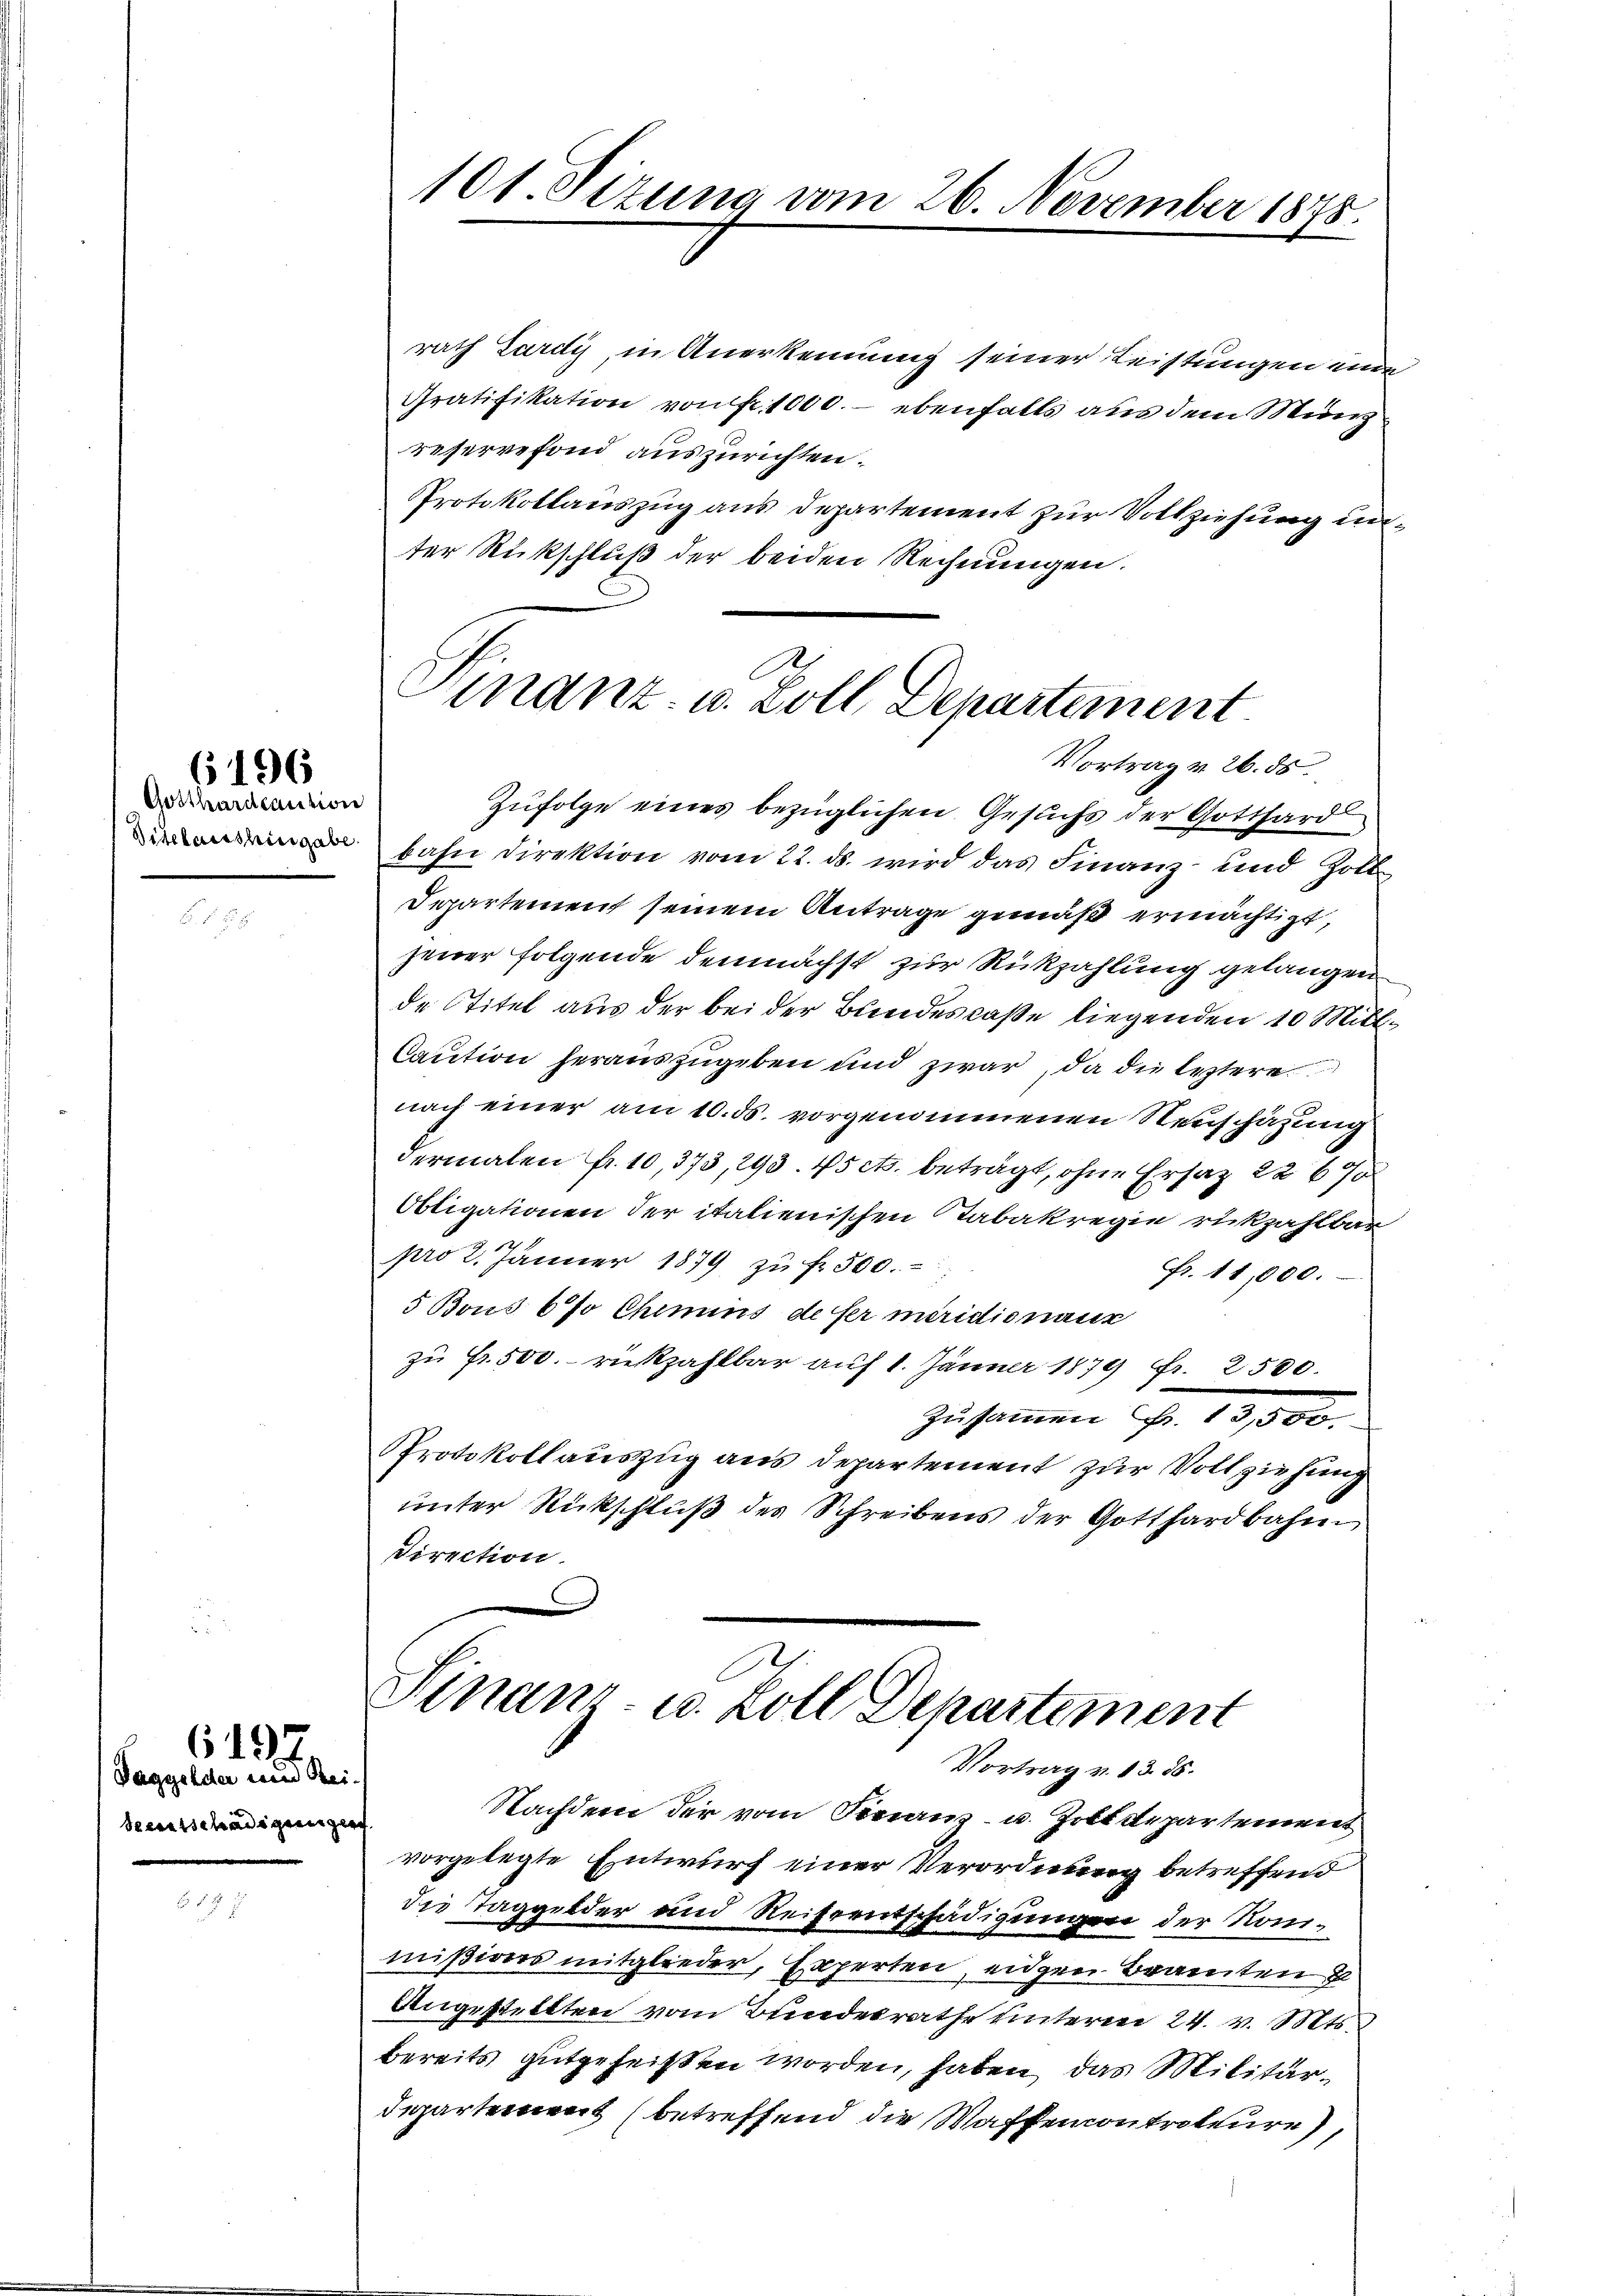
Gotthardcaution

6196

Taggelder und Reiteutschädigunger

6497.

101. Sizung vom 26. November 1878.

rath Lardy, in Anerkennung seiner Leistungen eine
Gratifikation von fr. 1000.- ebenfalls aus dem Münz
reservefond auszurichten.
PProtokollauszug aus Departement zur Vollziehung unter Rückschluß der beiden Rechnungen.
A
Finanz- u. Zoll, Departement

Vortrag v. 26. 55.

Zufolge eines bezüglichen Gesuchs der Gotthard
 bahn direktion vom 22. ds. wird das Finanz- und Zoll
Departement seinem Antrage gemäß ermächtigt,
jener folgende demnächst zur Rückzahlung gelangen
de Titel aus der bei der Bundescaße liegenden 10 Mill¬
Caution herauszugeben und zwar, da die leztere
nach einer am 10. ds. vorgenommenen Neuschätzung
dermalen fr. 10,373, 293. 45 cts. beträgt, ohne Ersatz 2267
Obligationen der italienischen Tabakregie rückzahlbar
pro 2. Jänner 1879 zŭ fr. 300.
Fr. 11,000.
5 Bous 6 % Chemins defer miridicnaur
zu Fr. 500. rückzahlbar auf 1. Jänner 1879 Fr. 2500.
Zusammen Fr. 13,000.
Protokollauszug aus Departement zur Vollziehung
unter Rückschluß des Schreibens der Gotthardbahn
Direction.

Finanz- u. Zoll Departement
Vortrag v. 13. 85.

Nachdem der vom Ferranz- u. Zolldepartement
vorgelegte Entwurf einer Verordnung betreffend
die Taggelder und Reisrentschädigungen der Kommißionsmitglieder, Experten, eidgen Beamten
Angestellten vom Bundesrathe unterm 24. v. Mts.
bereits gutgeheißen worden, haben, das Militärdepartement (betreffend die Waffencontrateure